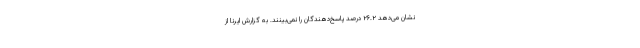
نشان می‌دهد ۲۶.۲ درصد پاسخ‌دهندگان را نمی‌­بینند. به گزارش ایرنا از